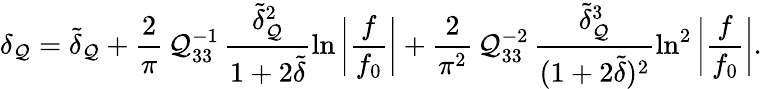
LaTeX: \delta_{\mathcal{Q}}=\tilde{{\delta}}_{\mathcal{Q}}+\frac{{2}}{{\pi}}\, \mathcal{Q}_{33}^{-1}\, \frac{{\tilde{{\delta}}_{\mathcal{Q}}^{2}}}{{1+2\tilde{{\delta}}}}\ln{\bigg|\frac{{f}}{{f_{0}}}\bigg|}+\frac{{2}}{{\pi^{2}}}\, \mathcal{Q}_{33}^{-2}\, \frac{{\tilde{{\delta}}_{\mathcal{Q}}^{3}}}{{(1+2\tilde{{\delta}})^{2}}}\ln^{2}{\bigg|\frac{{f}}{{f_{0}}}\bigg|}.